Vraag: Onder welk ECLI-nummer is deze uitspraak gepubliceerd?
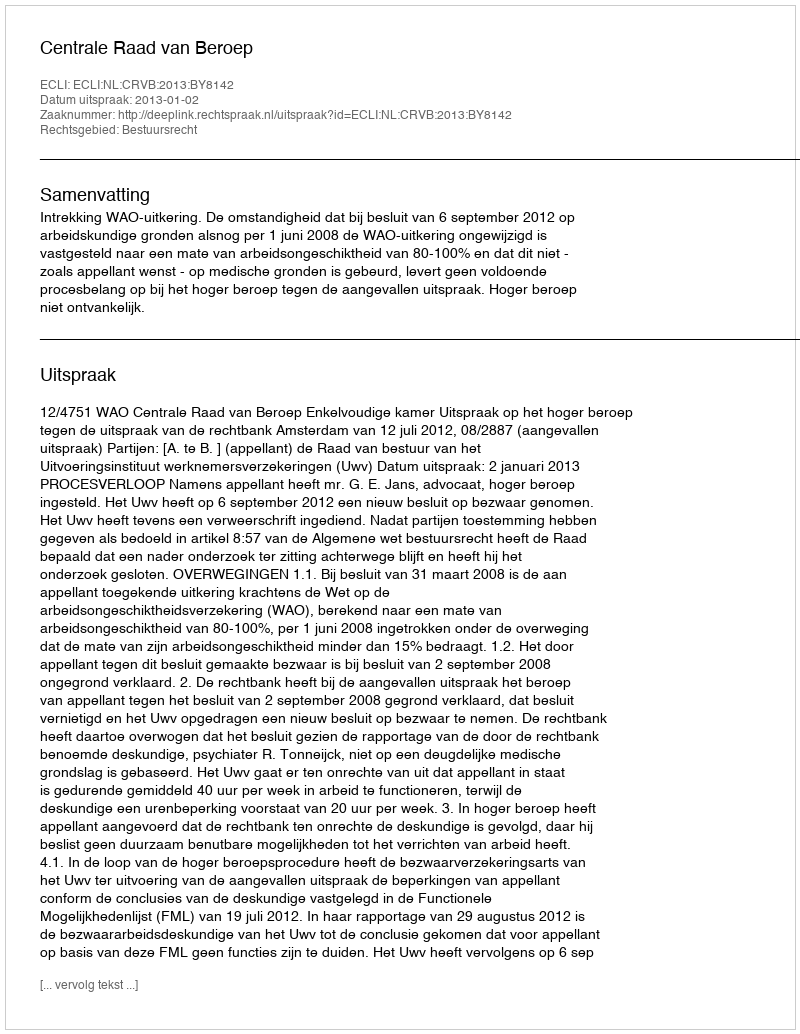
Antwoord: ECLI:NL:CRVB:2013:BY8142